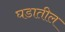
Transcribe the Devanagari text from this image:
घडातील